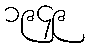
၁၉၄၉